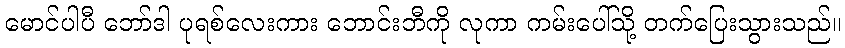
မောင်ပါပီ ဘော်ဒါ ပုရစ်လေးကား ဘောင်းဘီကို လုကာ ကမ်းပေါ်သို့ တက်ပြေးသွားသည်။